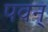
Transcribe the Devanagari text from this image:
पवन्